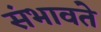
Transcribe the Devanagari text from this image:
संभावते